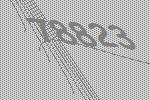
78823